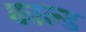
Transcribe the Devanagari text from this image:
काल्ड